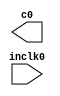
// megafunction wizard: %ALTPLL%VBB%
// GENERATION: STANDARD
// VERSION: WM1.0
// MODULE: altpll 

// ============================================================
// Megafunction Name(s):
// 			altpll
// ============================================================
// ************************************************************
// THIS IS A WIZARD-GENERATED FILE. DO NOT EDIT THIS FILE!
//
// 4.2 Build 156 11/29/2004 SJ Web Edition
// ************************************************************

//Copyright (C) 1991-2004 Altera Corporation
//Any  megafunction  design,  and related netlist (encrypted  or  decrypted),
//support information,  device programming or simulation file,  and any other
//associated  documentation or information  provided by  Altera  or a partner
//under  Altera's   Megafunction   Partnership   Program  may  be  used  only
//to program  PLD  devices (but not masked  PLD  devices) from  Altera.   Any
//other  use  of such  megafunction  design,  netlist,  support  information,
//device programming or simulation file,  or any other  related documentation
//or information  is prohibited  for  any  other purpose,  including, but not
//limited to  modification,  reverse engineering,  de-compiling, or use  with
//any other  silicon devices,  unless such use is  explicitly  licensed under
//a separate agreement with  Altera  or a megafunction partner.  Title to the
//intellectual property,  including patents,  copyrights,  trademarks,  trade
//secrets,  or maskworks,  embodied in any such megafunction design, netlist,
//support  information,  device programming or simulation file,  or any other
//related documentation or information provided by  Altera  or a megafunction
//partner, remains with Altera, the megafunction partner, or their respective
//licensors. No other licenses, including any licenses needed under any third
//party's intellectual property, are provided herein.

module clk_doubler (
	inclk0,
	c0);

	input	  inclk0;
	output	  c0;

endmodule

// ============================================================
// CNX file retrieval info
// ============================================================
// Retrieval info: PRIVATE: MIRROR_CLK0 STRING "0"
// Retrieval info: PRIVATE: PHASE_SHIFT_UNIT0 STRING "deg"
// Retrieval info: PRIVATE: OUTPUT_FREQ_UNIT0 STRING "MHz"
// Retrieval info: PRIVATE: INCLK1_FREQ_UNIT_COMBO STRING "MHz"
// Retrieval info: PRIVATE: SPREAD_USE STRING "0"
// Retrieval info: PRIVATE: SPREAD_FEATURE_ENABLED STRING "0"
// Retrieval info: PRIVATE: GLOCKED_COUNTER_EDIT_CHANGED STRING "1"
// Retrieval info: PRIVATE: GLOCK_COUNTER_EDIT NUMERIC "1048575"
// Retrieval info: PRIVATE: SRC_SYNCH_COMP_RADIO STRING "0"
// Retrieval info: PRIVATE: DUTY_CYCLE0 STRING "50.00000000"
// Retrieval info: PRIVATE: PHASE_SHIFT0 STRING "0.00000000"
// Retrieval info: PRIVATE: MULT_FACTOR0 NUMERIC "2"
// Retrieval info: PRIVATE: OUTPUT_FREQ_MODE0 STRING "0"
// Retrieval info: PRIVATE: SPREAD_PERCENT STRING "0.500"
// Retrieval info: PRIVATE: LOCKED_OUTPUT_CHECK STRING "0"
// Retrieval info: PRIVATE: PLL_ARESET_CHECK STRING "0"
// Retrieval info: PRIVATE: STICKY_CLK0 STRING "1"
// Retrieval info: PRIVATE: BANDWIDTH STRING "1.000"
// Retrieval info: PRIVATE: BANDWIDTH_USE_CUSTOM STRING "0"
// Retrieval info: PRIVATE: DEVICE_SPEED_GRADE STRING "8"
// Retrieval info: PRIVATE: SPREAD_FREQ STRING "50.000"
// Retrieval info: PRIVATE: BANDWIDTH_FEATURE_ENABLED STRING "0"
// Retrieval info: PRIVATE: LONG_SCAN_RADIO STRING "1"
// Retrieval info: PRIVATE: PLL_ENHPLL_CHECK NUMERIC "0"
// Retrieval info: PRIVATE: LVDS_MODE_DATA_RATE_DIRTY NUMERIC "0"
// Retrieval info: PRIVATE: USE_CLK0 STRING "1"
// Retrieval info: PRIVATE: INCLK1_FREQ_EDIT_CHANGED STRING "1"
// Retrieval info: PRIVATE: SCAN_FEATURE_ENABLED STRING "0"
// Retrieval info: PRIVATE: ZERO_DELAY_RADIO STRING "0"
// Retrieval info: PRIVATE: PLL_PFDENA_CHECK STRING "0"
// Retrieval info: PRIVATE: CREATE_CLKBAD_CHECK STRING "0"
// Retrieval info: PRIVATE: INCLK1_FREQ_EDIT STRING "100.000"
// Retrieval info: PRIVATE: CUR_DEDICATED_CLK STRING "c0"
// Retrieval info: PRIVATE: PLL_FASTPLL_CHECK NUMERIC "0"
// Retrieval info: PRIVATE: ACTIVECLK_CHECK STRING "0"
// Retrieval info: PRIVATE: BANDWIDTH_FREQ_UNIT STRING "MHz"
// Retrieval info: PRIVATE: INCLK0_FREQ_UNIT_COMBO STRING "MHz"
// Retrieval info: PRIVATE: GLOCKED_MODE_CHECK STRING "0"
// Retrieval info: PRIVATE: NORMAL_MODE_RADIO STRING "1"
// Retrieval info: PRIVATE: CUR_FBIN_CLK STRING "e0"
// Retrieval info: PRIVATE: DIV_FACTOR0 NUMERIC "1"
// Retrieval info: PRIVATE: INCLK1_FREQ_UNIT_CHANGED STRING "1"
// Retrieval info: PRIVATE: HAS_MANUAL_SWITCHOVER STRING "1"
// Retrieval info: PRIVATE: EXT_FEEDBACK_RADIO STRING "0"
// Retrieval info: PRIVATE: PLL_AUTOPLL_CHECK NUMERIC "1"
// Retrieval info: PRIVATE: CLKLOSS_CHECK STRING "0"
// Retrieval info: PRIVATE: BANDWIDTH_USE_AUTO STRING "1"
// Retrieval info: PRIVATE: SHORT_SCAN_RADIO STRING "0"
// Retrieval info: PRIVATE: LVDS_MODE_DATA_RATE STRING "512.000"
// Retrieval info: PRIVATE: CLKSWITCH_CHECK STRING "0"
// Retrieval info: PRIVATE: SPREAD_FREQ_UNIT STRING "KHz"
// Retrieval info: PRIVATE: PLL_ENA_CHECK STRING "0"
// Retrieval info: PRIVATE: INCLK0_FREQ_EDIT STRING "64.000"
// Retrieval info: PRIVATE: CNX_NO_COMPENSATE_RADIO STRING "0"
// Retrieval info: PRIVATE: INT_FEEDBACK__MODE_RADIO STRING "1"
// Retrieval info: PRIVATE: OUTPUT_FREQ0 STRING "100.000"
// Retrieval info: PRIVATE: PRIMARY_CLK_COMBO STRING "inclk0"
// Retrieval info: PRIVATE: CREATE_INCLK1_CHECK STRING "0"
// Retrieval info: PRIVATE: SACN_INPUTS_CHECK STRING "0"
// Retrieval info: PRIVATE: DEV_FAMILY STRING "Cyclone"
// Retrieval info: PRIVATE: LOCK_LOSS_SWITCHOVER_CHECK STRING "0"
// Retrieval info: PRIVATE: SWITCHOVER_COUNT_EDIT NUMERIC "1"
// Retrieval info: PRIVATE: SWITCHOVER_FEATURE_ENABLED STRING "0"
// Retrieval info: PRIVATE: BANDWIDTH_PRESET STRING "Low"
// Retrieval info: PRIVATE: GLOCKED_FEATURE_ENABLED STRING "0"
// Retrieval info: PRIVATE: USE_CLKENA0 STRING "0"
// Retrieval info: PRIVATE: LVDS_PHASE_SHIFT_UNIT0 STRING "deg"
// Retrieval info: PRIVATE: CLKBAD_SWITCHOVER_CHECK STRING "0"
// Retrieval info: PRIVATE: BANDWIDTH_USE_PRESET STRING "0"
// Retrieval info: PRIVATE: PLL_LVDS_PLL_CHECK NUMERIC "0"
// Retrieval info: PRIVATE: DEVICE_FAMILY NUMERIC "11"
// Retrieval info: LIBRARY: altera_mf altera_mf.altera_mf_components.all
// Retrieval info: CONSTANT: CLK0_DUTY_CYCLE NUMERIC "50"
// Retrieval info: CONSTANT: LPM_TYPE STRING "altpll"
// Retrieval info: CONSTANT: CLK0_MULTIPLY_BY NUMERIC "2"
// Retrieval info: CONSTANT: INCLK0_INPUT_FREQUENCY NUMERIC "15625"
// Retrieval info: CONSTANT: CLK0_DIVIDE_BY NUMERIC "1"
// Retrieval info: CONSTANT: PLL_TYPE STRING "AUTO"
// Retrieval info: CONSTANT: INTENDED_DEVICE_FAMILY STRING "Cyclone"
// Retrieval info: CONSTANT: OPERATION_MODE STRING "NORMAL"
// Retrieval info: CONSTANT: COMPENSATE_CLOCK STRING "CLK0"
// Retrieval info: CONSTANT: CLK0_PHASE_SHIFT STRING "0"
// Retrieval info: USED_PORT: c0 0 0 0 0 OUTPUT VCC "c0"
// Retrieval info: USED_PORT: @clk 0 0 6 0 OUTPUT VCC "@clk[5..0]"
// Retrieval info: USED_PORT: inclk0 0 0 0 0 INPUT GND "inclk0"
// Retrieval info: USED_PORT: @extclk 0 0 4 0 OUTPUT VCC "@extclk[3..0]"
// Retrieval info: CONNECT: @inclk 0 0 1 0 inclk0 0 0 0 0
// Retrieval info: CONNECT: c0 0 0 0 0 @clk 0 0 1 0
// Retrieval info: CONNECT: @inclk 0 0 1 1 GND 0 0 0 0
// Retrieval info: GEN_FILE: TYPE_NORMAL clk_doubler.v TRUE FALSE
// Retrieval info: GEN_FILE: TYPE_NORMAL clk_doubler.inc FALSE FALSE
// Retrieval info: GEN_FILE: TYPE_NORMAL clk_doubler.cmp FALSE FALSE
// Retrieval info: GEN_FILE: TYPE_NORMAL clk_doubler.bsf FALSE FALSE
// Retrieval info: GEN_FILE: TYPE_NORMAL clk_doubler_inst.v FALSE FALSE
// Retrieval info: GEN_FILE: TYPE_NORMAL clk_doubler_bb.v TRUE FALSE